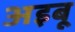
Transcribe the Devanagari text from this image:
अइबू